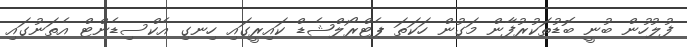
ފުލުހުން ބުނީ ބޮޑުތަކުރުފާން މަގުން ހަކަތަ ޕެޓްރޯލްޝެޑް ކައިރީގައި ހިނގި އެކްސިޑެންޓް އެތަނުގައި